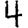
Digit: 4